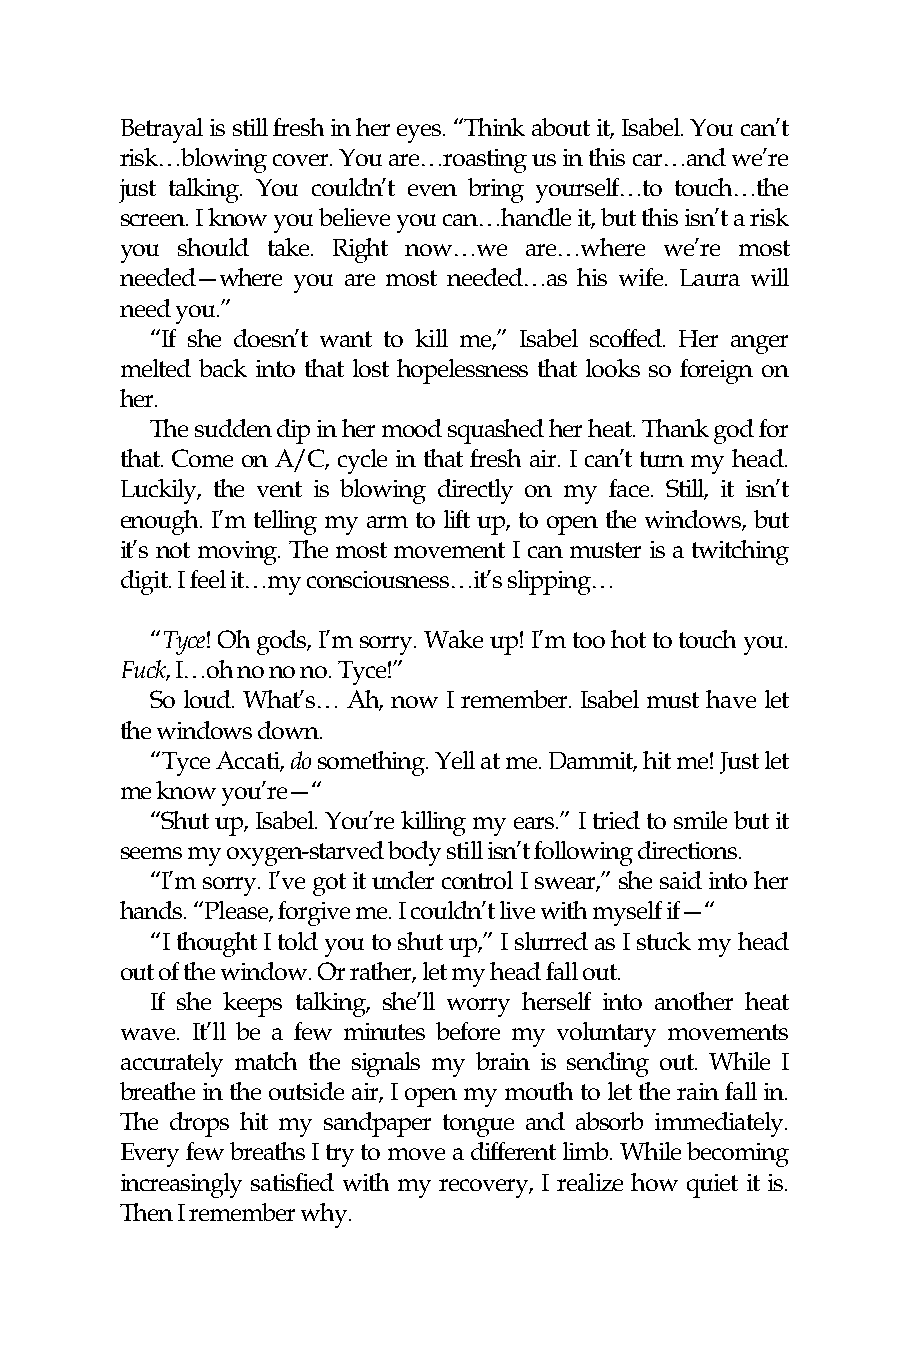
Betrayal is still fresh in her eyes. “Think about it, Isabel. You can’t
 risk…blowing cover. You are…roasting us in this car…and we’re
 just talking. You couldn’t even bring yourself…to touch…the
 screen. I know you believe you can…handle it, but this isn’t a risk
 you should take. Right now…we are…where we’re most
 needed—where you are most needed…as his wife. Laura will
 need you.”
 “If she doesn’t want to kill me,” Isabel scoffed. Her anger
 melted back into that lost hopelessness that looks so foreign on
 her.
 The sudden dip in her mood squashed her heat. Thank god for
 that. Come on A/C, cycle in that fresh air. I can’t turn my head.
 Luckily, the vent is blowing directly on my face. Still, it isn’t
 enough. I’m telling my arm to lift up, to open the windows, but
 it’s not moving. The most movement I can muster is a twitching
 digit. I feel it…my consciousness…it’s slipping…
 “Tyce! Oh gods, I’m sorry. Wake up! I’m too hot to touch you.
 Fuck, I…oh no no no. Tyce!”
 So loud. What’s… Ah, now I remember. Isabel must have let
 the windows down.
 “Tyce Accati, do something. Yell at me. Dammit, hit me! Just let
 me know you’re—“
 “Shut up, Isabel. You’re killing my ears.” I tried to smile but it
 seems my oxygen-starved body still isn’t following directions.
 “I’m sorry. I’ve got it under control I swear,” she said into her
 hands. “Please, forgive me. I couldn’t live with myself if—“
 “I thought I told you to shut up,” I slurred as I stuck my head
 out of the window. Or rather, let my head fall out.
 If she keeps talking, she’ll worry herself into another heat
 wave. It’ll be a few minutes before my voluntary movements
 accurately match the signals my brain is sending out. While I
 breathe in the outside air, I open my mouth to let the rain fall in.
 The drops hit my sandpaper tongue and absorb immediately.
 Every few breaths I try to move a different limb. While becoming
 increasingly satisfied with my recovery, I realize how quiet it is.
 Then I remember why.